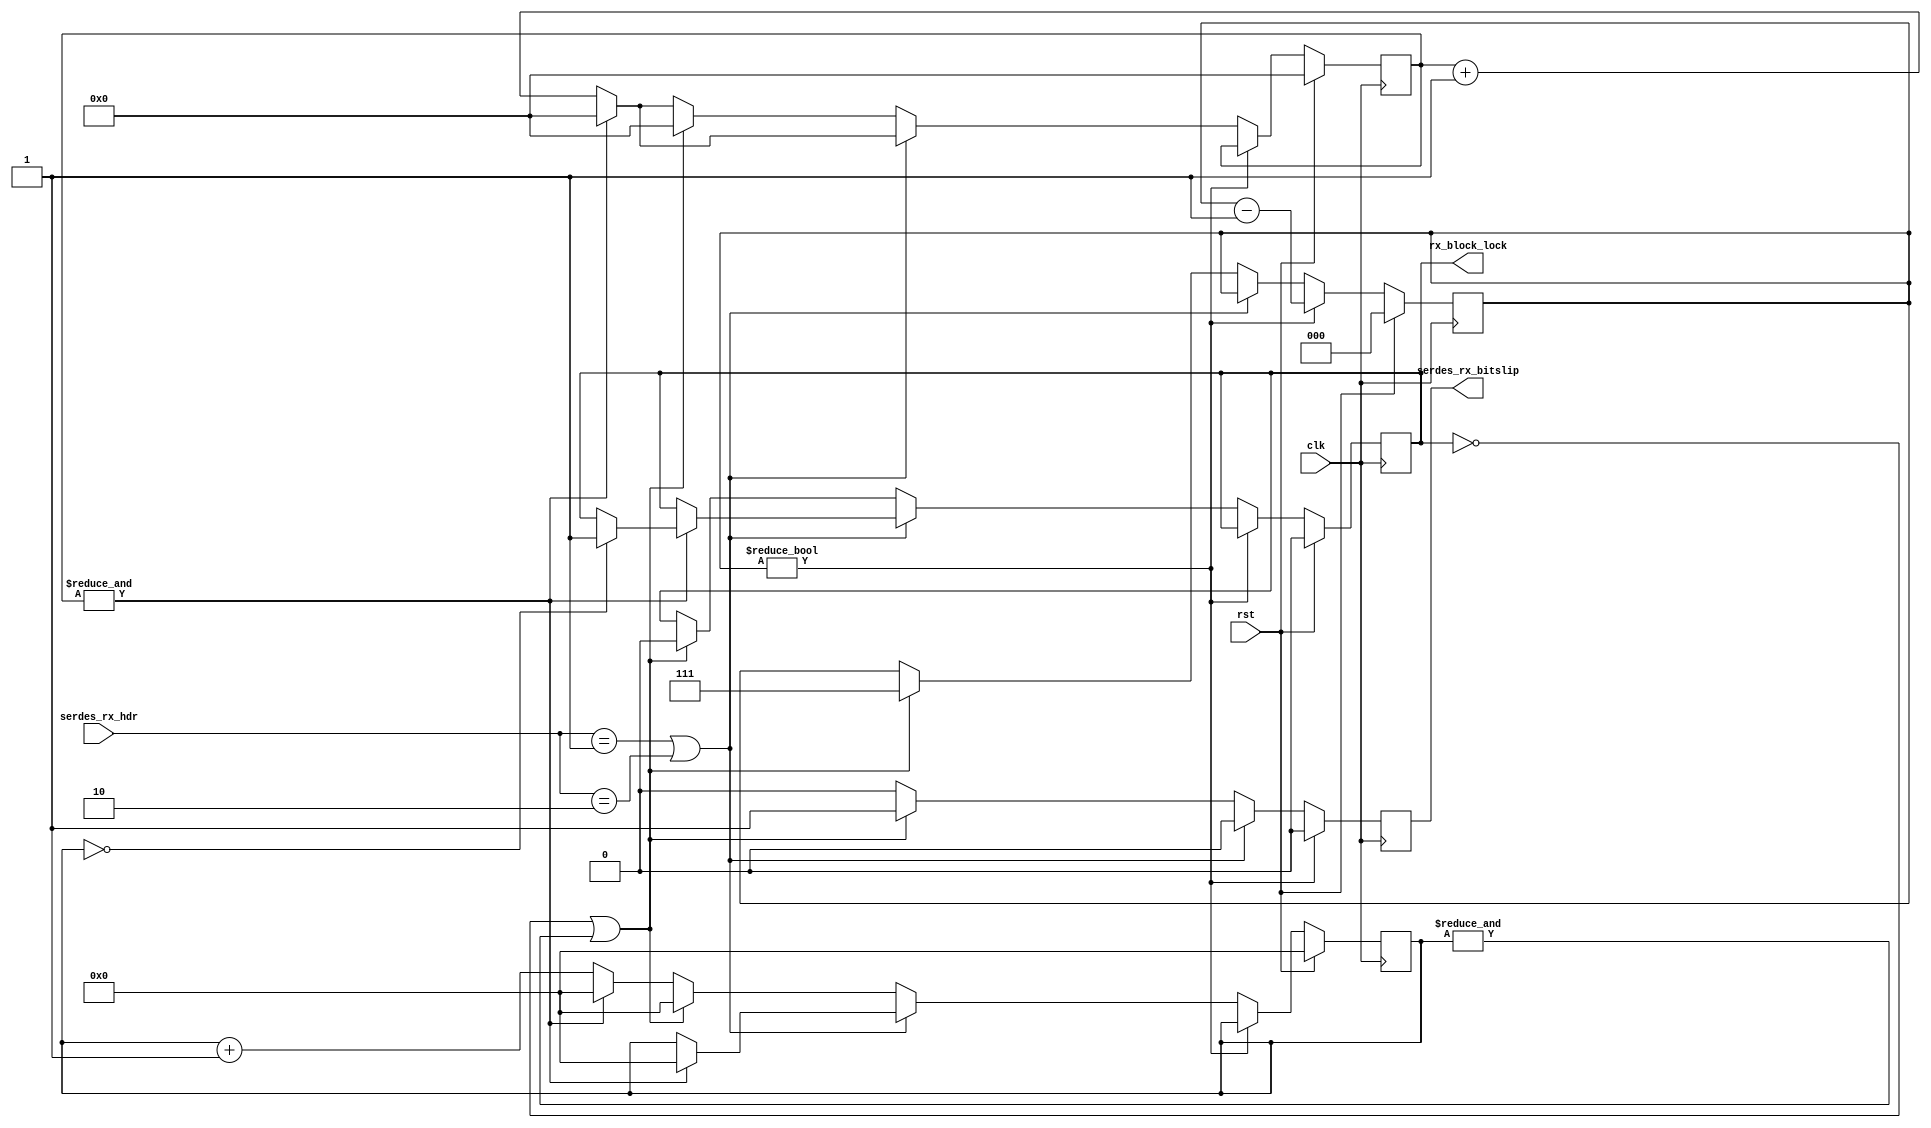
/*

Copyright (c) 2018 Alex Forencich

Permission is hereby granted, free of charge, to any person obtaining a copy
of this software and associated documentation files (the "Software"), to deal
in the Software without restriction, including without limitation the rights
to use, copy, modify, merge, publish, distribute, sublicense, and/or sell
copies of the Software, and to permit persons to whom the Software is
furnished to do so, subject to the following conditions:

The above copyright notice and this permission notice shall be included in
all copies or substantial portions of the Software.

THE SOFTWARE IS PROVIDED "AS IS", WITHOUT WARRANTY OF ANY KIND, EXPRESS OR
IMPLIED, INCLUDING BUT NOT LIMITED TO THE WARRANTIES OF MERCHANTABILITY
FITNESS FOR A PARTICULAR PURPOSE AND NONINFRINGEMENT. IN NO EVENT SHALL THE
AUTHORS OR COPYRIGHT HOLDERS BE LIABLE FOR ANY CLAIM, DAMAGES OR OTHER
LIABILITY, WHETHER IN AN ACTION OF CONTRACT, TORT OR OTHERWISE, ARISING FROM,
OUT OF OR IN CONNECTION WITH THE SOFTWARE OR THE USE OR OTHER DEALINGS IN
THE SOFTWARE.

*/

// Language: Verilog 2001

`timescale 1ns / 1ps

/*
 * 10G Ethernet PHY frame sync
 */
module eth_phy_10g_rx_frame_sync #
(
    parameter HDR_WIDTH = 2,
    parameter SLIP_COUNT_WIDTH = 3
)
(
    input  wire                  clk,
    input  wire                  rst,

    /*
     * SERDES interface
     */
    input  wire [HDR_WIDTH-1:0]  serdes_rx_hdr,
    output wire                  serdes_rx_bitslip,

    /*
     * Status
     */
    output wire                  rx_block_lock
);

// bus width assertions
initial begin
    if (HDR_WIDTH != 2) begin
        $error("Error: HDR_WIDTH must be 2");
        $finish;
    end
end

localparam [1:0]
    SYNC_DATA = 2'b10,
    SYNC_CTRL = 2'b01;

reg [5:0] sh_count_reg = 6'd0, sh_count_next;
reg [3:0] sh_invalid_count_reg = 4'd0, sh_invalid_count_next;
reg [SLIP_COUNT_WIDTH-1:0] slip_count_reg = 0, slip_count_next;

reg serdes_rx_bitslip_reg = 1'b0, serdes_rx_bitslip_next;

reg rx_block_lock_reg = 1'b0, rx_block_lock_next;

assign serdes_rx_bitslip = serdes_rx_bitslip_reg;
assign rx_block_lock = rx_block_lock_reg;

always @* begin
    sh_count_next = sh_count_reg;
    sh_invalid_count_next = sh_invalid_count_reg;
    slip_count_next = slip_count_reg;

    serdes_rx_bitslip_next = 1'b0;

    rx_block_lock_next = rx_block_lock_reg;

    if (slip_count_reg) begin
        slip_count_next = slip_count_reg-1;
    end else if (serdes_rx_hdr == SYNC_CTRL || serdes_rx_hdr == SYNC_DATA) begin
        // valid header
        sh_count_next = sh_count_reg + 1;
        if (&sh_count_reg) begin
            // valid count overflow, reset
            sh_count_next = 0;
            sh_invalid_count_next = 0;
            if (!sh_invalid_count_reg) begin
                rx_block_lock_next = 1'b1;
            end
        end
    end else begin
        // invalid header
        sh_count_next = sh_count_reg + 1;
        sh_invalid_count_next = sh_invalid_count_reg + 1;
        if (!rx_block_lock_reg || &sh_invalid_count_reg) begin
            // invalid count overflow, lost block lock
            sh_count_next = 0;
            sh_invalid_count_next = 0;
            rx_block_lock_next = 1'b0;
            serdes_rx_bitslip_next = 1'b1;
            slip_count_next = {SLIP_COUNT_WIDTH{1'b1}};
        end else if (&sh_count_reg) begin
            // valid count overflow, reset
            sh_count_next = 0;
            sh_invalid_count_next = 0;
        end
    end
end

always @(posedge clk) begin
    if (rst) begin
        sh_count_reg <= 6'd0;
        sh_invalid_count_reg <= 4'd0;
        slip_count_reg <= 0;
        rx_block_lock_reg <= 1'b0;
    end else begin
        sh_count_reg <= sh_count_next;
        sh_invalid_count_reg <= sh_invalid_count_next;
        slip_count_reg <= slip_count_next;
        rx_block_lock_reg <= rx_block_lock_next;
    end
    
    serdes_rx_bitslip_reg <= serdes_rx_bitslip_next;
end

endmodule